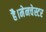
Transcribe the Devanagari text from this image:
है।मेनचेस्टर